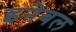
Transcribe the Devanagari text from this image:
इनेबल